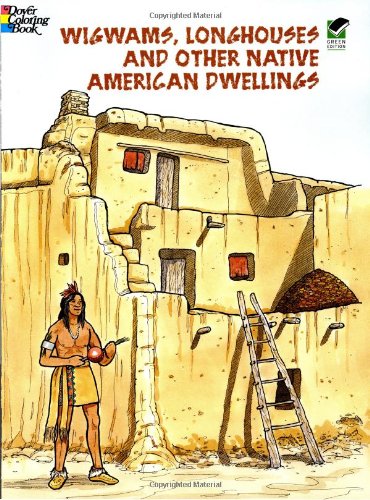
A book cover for Wigwams, Longhouses and Other Native American Dwellings (Dover History Coloring Book); Bruce LaFontaine; Children's Books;